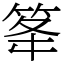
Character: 䇨